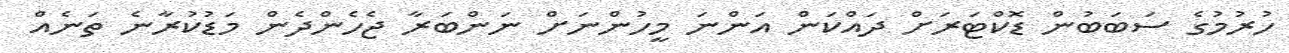
ހުރުމުގެ ސަބަބުން ޑޮކްޓަރަށް ދައްކަން އަންނަ މީހުންނަށް ނަންބަރާ ޖެހެންދެން މަޑުކުރާނެ ތަނެއް